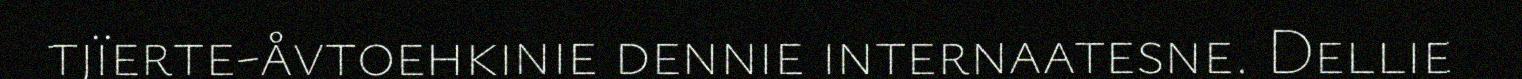
tjïerte-åvtoehkinie dennie internaatesne. Dellie